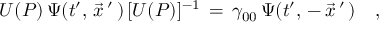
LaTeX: U ( P ) \, \Psi ( t ^ { \prime } , \, \vec { x } \, ^ { \prime } \, ) \, [ U ( P ) ] ^ { - 1 } \, = \, \gamma _ { 0 0 } \, \Psi ( t ^ { \prime } , \, - \, \vec { x } \, ^ { \prime } \, ) \quad ,